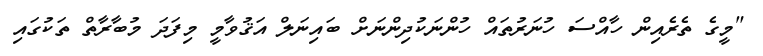
"މީގެ ތެރެއިން ހާއްސަ ހުނަރުތައް ހުންނަކުދިންނަށް ބައިނަލް އަޤުވާމީ މިފަދަ މުބާރާތް ތަކުގައި